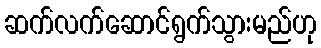
ဆက်လက်ဆောင်ရွက်သွားမည်ဟု